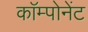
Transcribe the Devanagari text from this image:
काॅम्पोनेंट